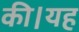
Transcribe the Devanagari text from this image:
की।यह